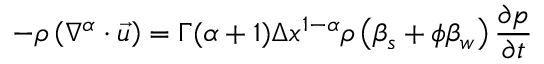
- \rho \left( \nabla ^ { \alpha } \cdot { \vec { u } } \right) = \Gamma ( \alpha + 1 ) \Delta x ^ { 1 - \alpha } \rho \left( \beta _ { s } + \phi \beta _ { w } \right) { \frac { \partial p } { \partial t } }